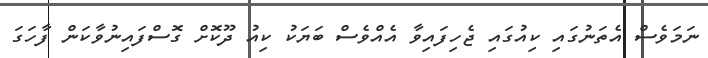
ނަމަވެސް އެތަނުގައި ކިއުގައި ޖެހިފައިވާ އެއްވެސް ބަޔަކު ކިއު ދޫކޮށް ގޮސްފައިނުވާކަން ފާހަގަ